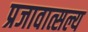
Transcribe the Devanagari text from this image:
प्रजावात्सल्य